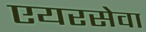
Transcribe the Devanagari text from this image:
एयरसेवा